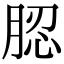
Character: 䏰